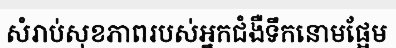
សំរាប់សុខភាពរបស់អ្នកជំងឺទឹកនោមផ្អែម